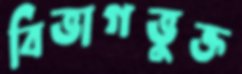
বিভাগভুক্ত